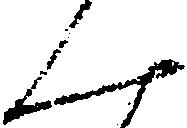
ん